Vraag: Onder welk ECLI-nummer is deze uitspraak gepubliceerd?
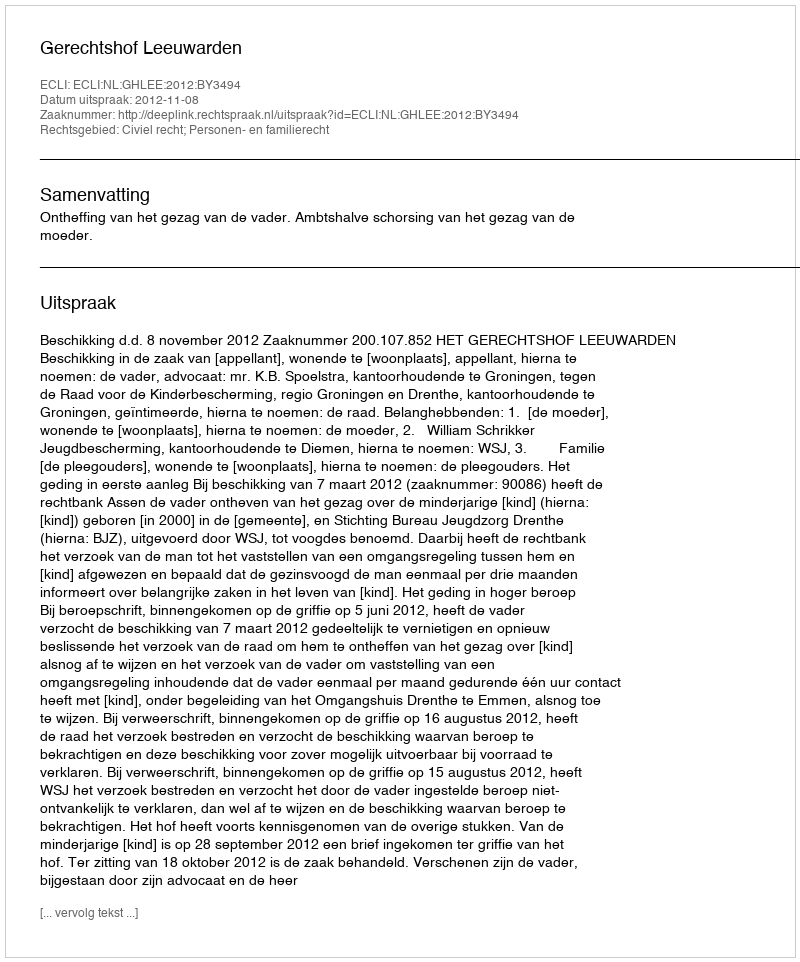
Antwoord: ECLI:NL:GHLEE:2012:BY3494